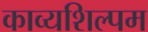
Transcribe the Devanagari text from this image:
काव्यशिल्पम